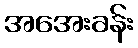
အအေးခန်း